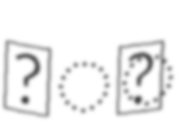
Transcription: हैं